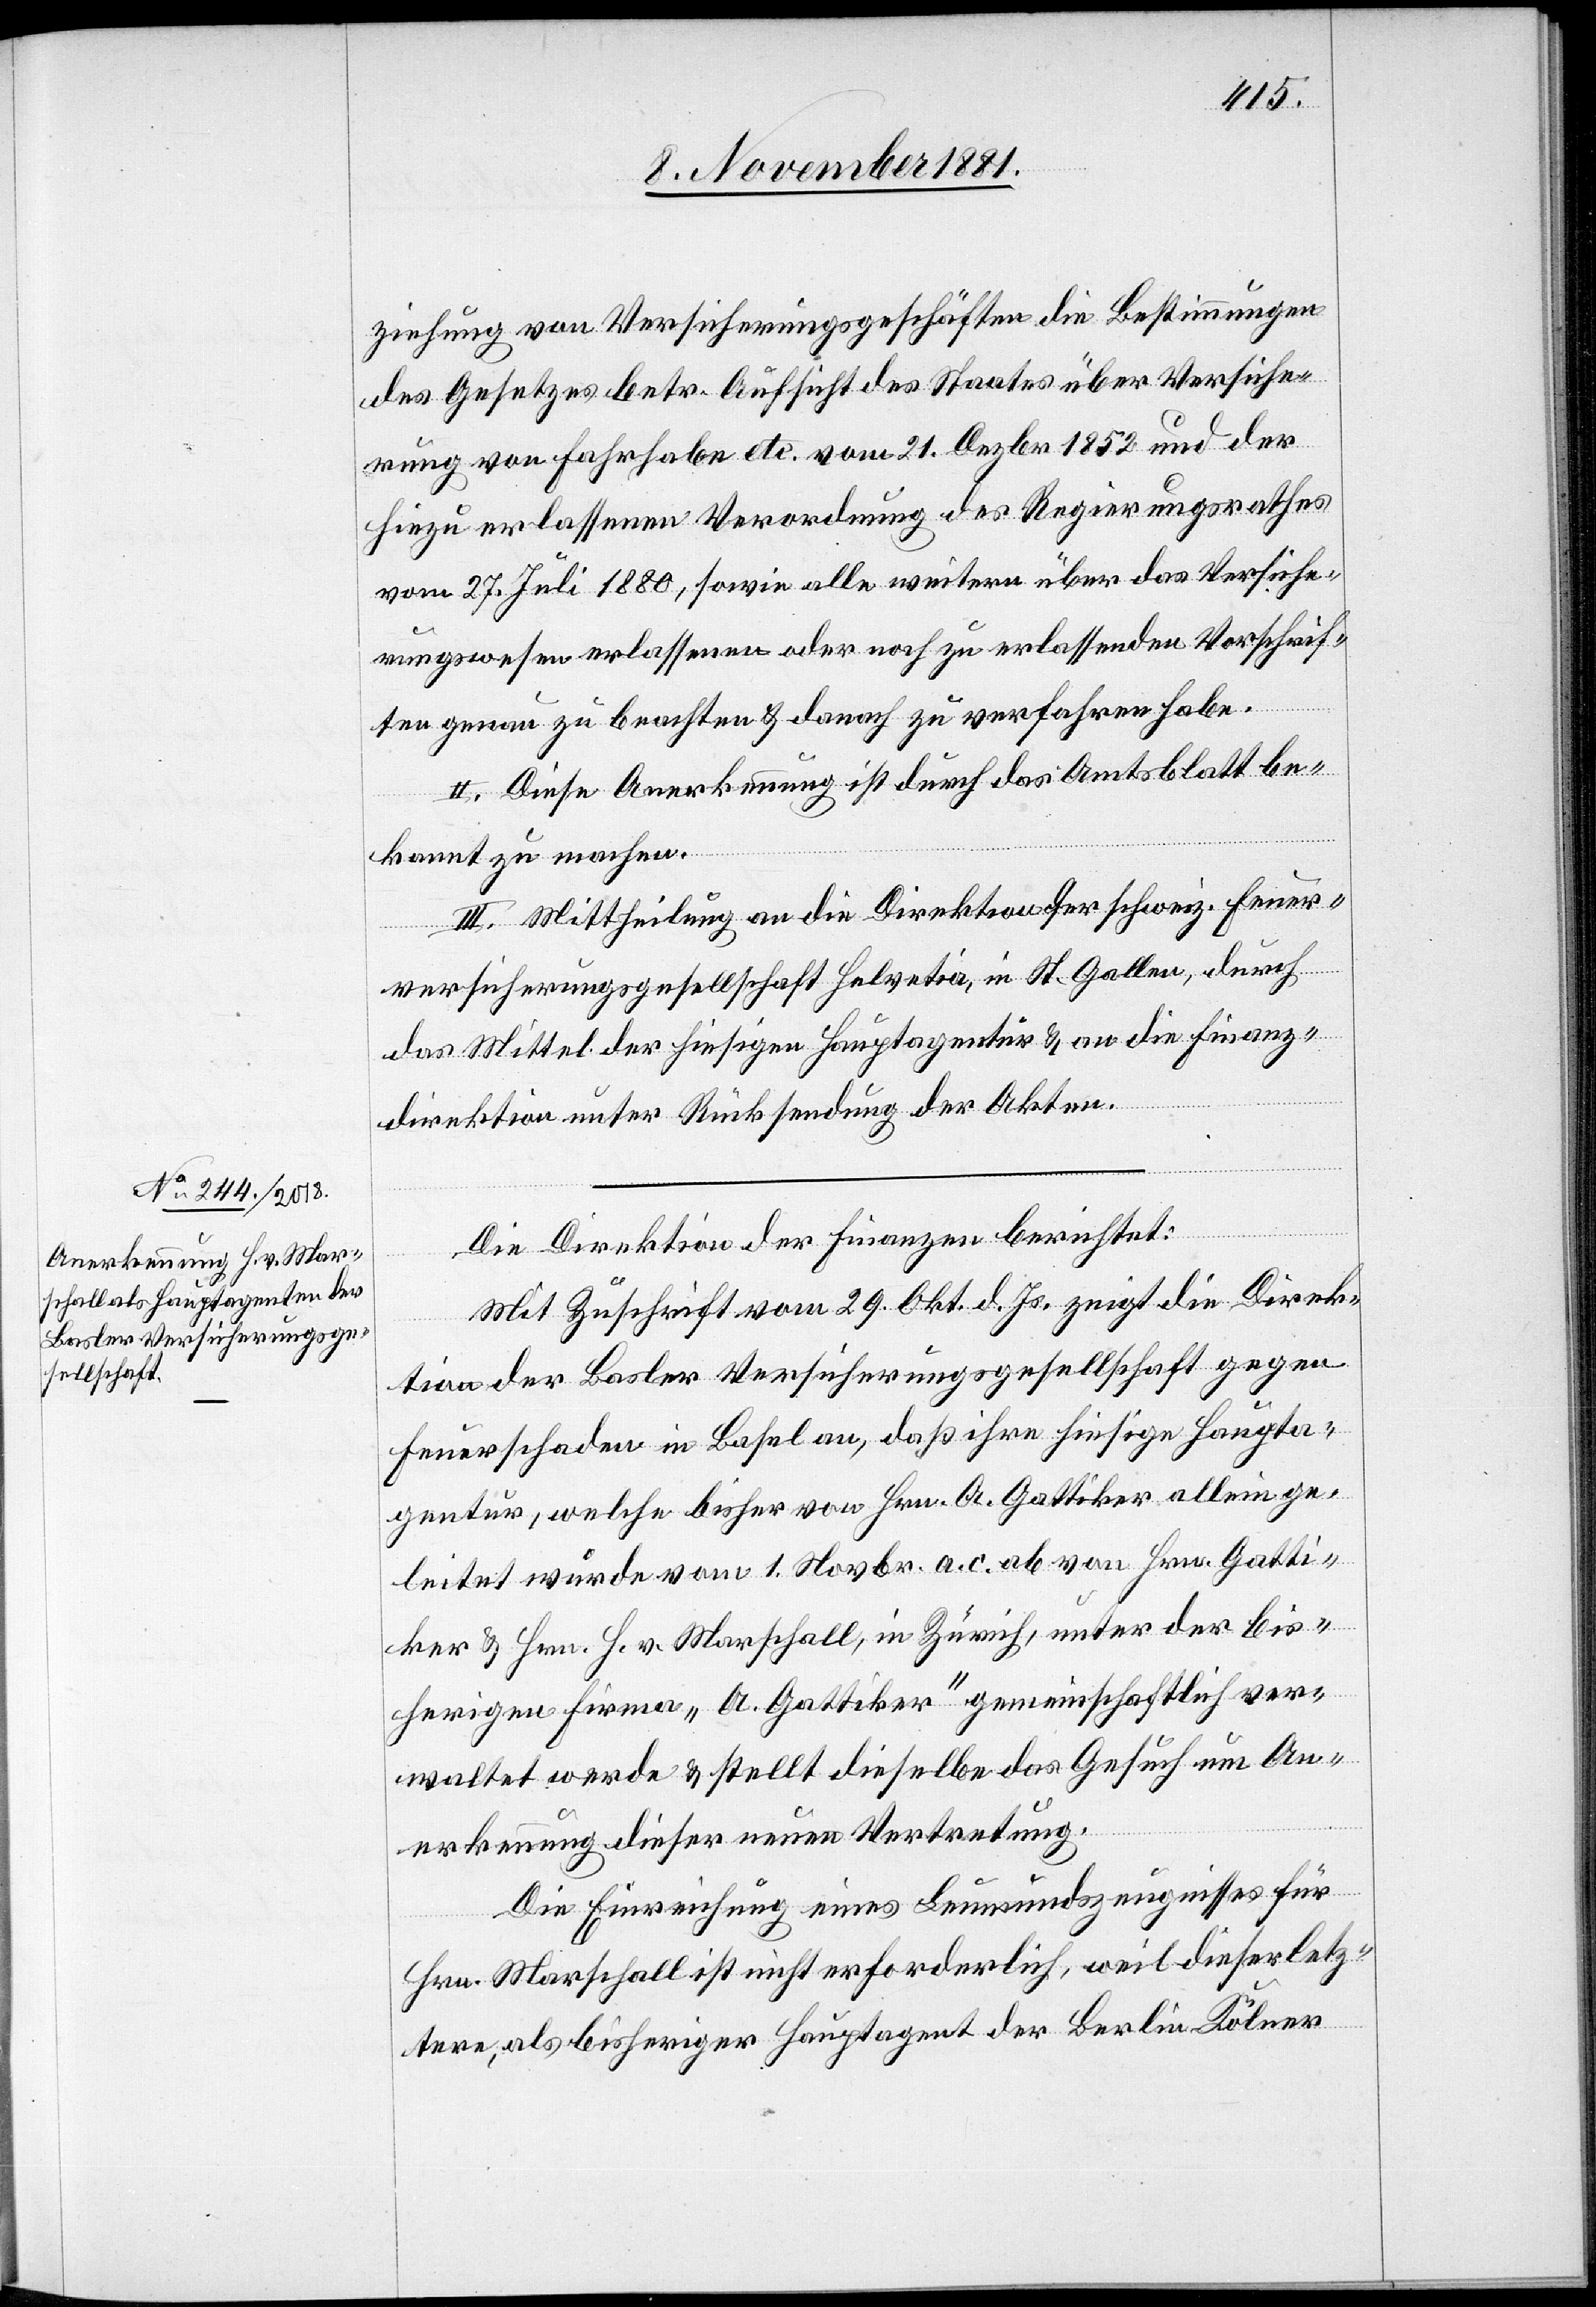
ziehung von Versicherungsgeschäften die Bestimmungen
des Gesetzes betr. Aufsicht des Staates über Versiche¬
rung von Fahrhabe etc. vom 31 Dezbr. 1852 und der
hiezu erlassenen Verordnung des Regierungsrathes
vom 27. Juli 1880, sowie alle weitern über das Versiche¬
rungswesen erlassenen oder noch zu erlassenden Vorschrif¬
ten genau zu beachten & danach zu verfahren habe.
II. Diese Anerkennung ist durch das Amtsblatt be¬
kannt zu machen.
III. Mittheilung an die Direktion der schweiz. Feuer¬
versicherungsgesellschaft Helvetia, in St. Gallen, durch
das Mittel der hiesigen Hauptagentur & an die Finanz¬
direktion unter Rücksendung der Akten.
Die Direktion der Finanzen berichtet:
Mit Zuschrift vom 29. Okt. d. Js. zeigt die Direk¬
tion der Basler Versicherungsgesellschaft gegen
Feuerschaden in Basel an, daß ihre hiesige Haupta¬
gentur, welche bisher von Hrn. A. Gattiker allein ge¬
leitet wurde vom 1. Novbr. a. c. von Hrn. Gatti¬
ker & Hrn. H. v. Marschall, in Zürich, unter der bis¬
herigen Firma „A. Gattiker“ gemeinschaftlich ver¬
waltet werde & stellt dieselbe das Gesuch um An¬
erkennung dieser neuen Vertretung.
Die Einreichung eines Leumundszeugnisses für
Hrn. Marschall ist nicht erforderlich, weil dieser letz¬
tere, als bisheriger Hauptagent der Berlin-Kölner